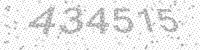
Solution: 434515